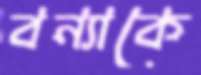
বন্যাকে